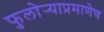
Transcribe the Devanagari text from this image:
फुलोर्‍याप्रमाणेच